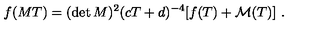
f ( M T ) = ( \det M ) ^ { 2 } ( c T + d ) ^ { - 4 } [ f ( T ) + { \cal M } ( T ) ] \ .